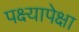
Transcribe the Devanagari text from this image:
पक्ष्यापेक्षा